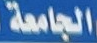
الجامعة